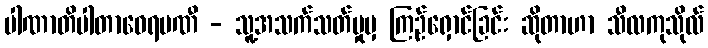
ပါဏာတိပါတာဝေရမဏီ - သူ့အသက်သတ်မှုမှ ကြဉ်ရှောင်ခြင်း ဆိုတာဟာ သီလကုသိုလ်